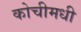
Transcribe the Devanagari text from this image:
कोचीमधी